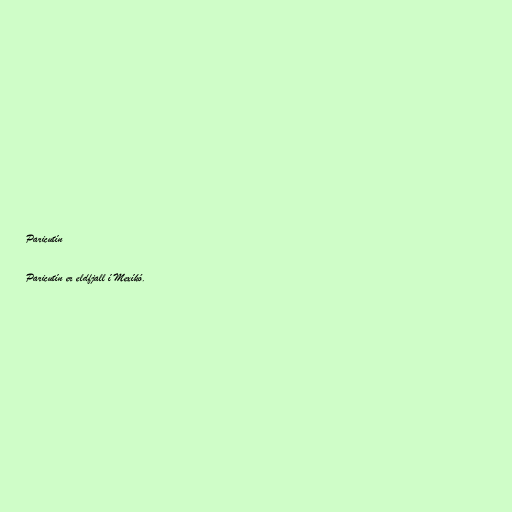
Paricutín

Paricutín er eldfjall í Mexíkó.